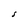
Character: s